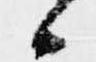
候